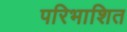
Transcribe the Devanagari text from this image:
परिभाशित